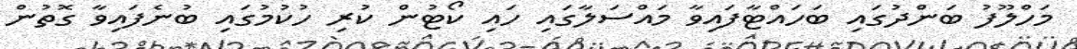
މަހްލޫފު ބަންދުގައި ބަހައްޓާފައިވާ މައްސަލާގައި ހައި ކޯޓުން ކުރި ހުކުމުގައި ބުނެފައިވާ ގޮތުން